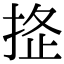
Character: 𢭌